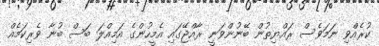
ކުރެއްވި ނަމަވެސް ރައްޔިތުން ބޭނުންވަނީ ރާއްޖޭގައި އެމީހުންގެ އަމިއްލަ ބަސް ބުނާ ވެރިކަމެއް